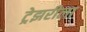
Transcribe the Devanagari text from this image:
ट्रेझरीला